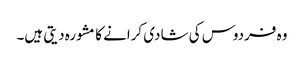
وہ فردوس کی شادی کرانے کا مشورہ دیتی ہیں۔